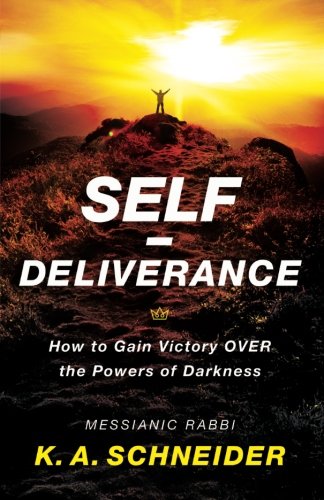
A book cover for Self-Deliverance: How to Gain Victory over the Powers of Darkness; Rabbi K. A. Schneider; Christian Books & Bibles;